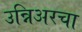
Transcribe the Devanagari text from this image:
उन्निअरचा